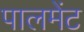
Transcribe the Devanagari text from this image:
पालमेंट